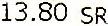
13.80 SR